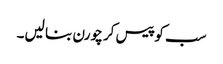
سب کو پیس کر چورن بنا لیں۔